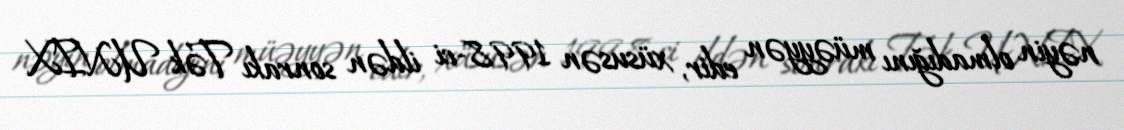
nəyin olmadığını müəyyən edir, xüsusən 1998-ci ildən sonrakı Tək UNIX